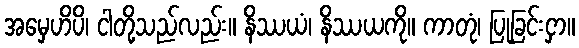
အမှေဟိပိ၊ ငါတို့သည်လည်း။ နိဿယံ၊ နိဿယကို။ ကာတုံ၊ ပြုခြင်းငှာ။